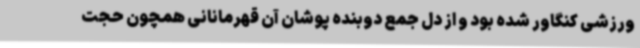
ورزشی کنگاور شده بود و از دل جمع دوبنده پوشان آن قهرمانانی همچون حجت